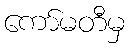
ကော်မတီမှ